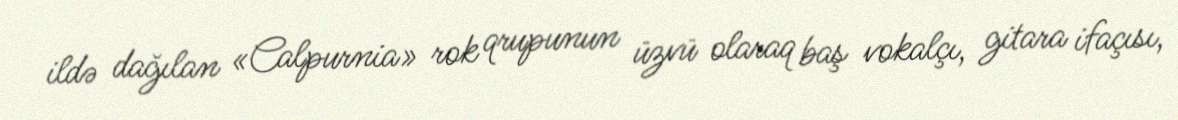
ildə dağılan «Calpurnia» rok qrupunun üzvü olaraq baş vokalçı, gitara ifaçısı,